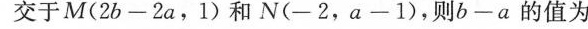
交于M($$2 b - 2 a$$，1)和N(-2，（$$a - 1$$)，则$$b - a$$的值为